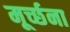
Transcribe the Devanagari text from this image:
मूर्च्छना